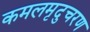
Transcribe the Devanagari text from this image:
कमलमृदुचरण